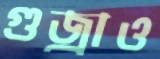
গুজ্‌রাও